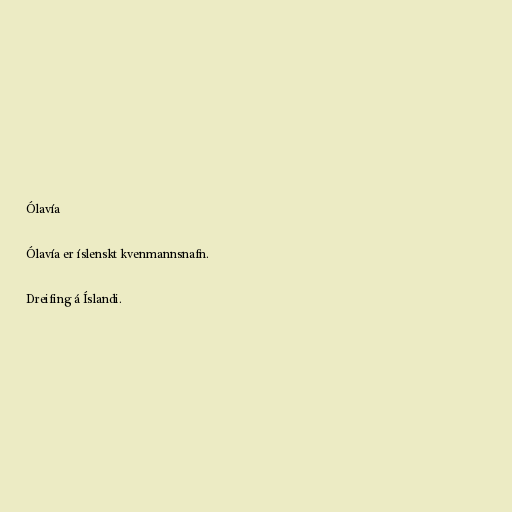
Ólavía

Ólavía er íslenskt kvenmannsnafn.

Dreifing á Íslandi.